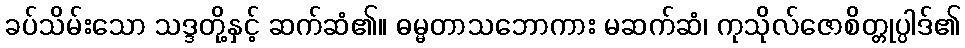
ခပ်သိမ်းသော သဒ္ဒတို့နှင့် ဆက်ဆံ၏။ ဓမ္မတာသဘောကား မဆက်ဆံ၊ ကုသိုလ်ဇောစိတ္တုပ္ပါဒ်၏